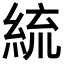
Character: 𦀠